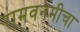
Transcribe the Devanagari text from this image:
रामवनमीचा